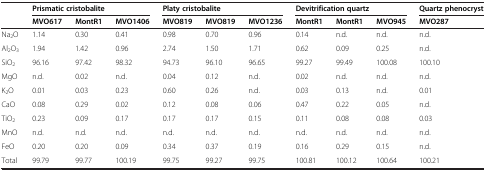
| <ROWSPAN=2>  | <COLSPAN=3> Prismatic cristobalite | <COLSPAN=3> Platy cristobalite | <COLSPAN=3> Devitrification quartz | Quartz phenocryst |
 | MVO617 | MontR1 | MVO1406 | MVO819 | MVO819 | MVO1236 | MontR1 | MontR1 | MVO945 | MVO287 |
 | --- | --- | --- | --- | --- | --- | --- | --- | --- | --- | --- |
 | Na2O | 1.14 | 0.30 | 0.41 | 0.98 | 0.70 | 0.96 | 0.14 | n.d. | n.d. | n.d. |
 | Al2O3 | 1.94 | 1.42 | 0.96 | 2.74 | 1.50 | 1.71 | 0.62 | 0.09 | 0.25 | n.d. |
 | SiO2 | 96.16 | 97.42 | 98.32 | 94.73 | 96.10 | 96.65 | 99.27 | 99.49 | 100.08 | 100.10 |
 | MgO | n.d. | 0.02 | n.d. | 0.04 | 0.12 | n.d. | 0.02 | n.d. | n.d. | n.d. |
 | K2O | 0.01 | 0.03 | 0.23 | 0.60 | 0.26 | n.d. | 0.03 | 0.13 | n.d. | 0.01 |
 | CaO | 0.08 | 0.29 | 0.02 | 0.12 | 0.08 | 0.06 | 0.47 | 0.22 | 0.05 | n.d. |
 | TiO2 | 0.23 | 0.09 | 0.17 | 0.17 | 0.17 | 0.15 | 0.11 | 0.08 | 0.08 | 0.03 |
 | MnO | n.d. | n.d. | n.d. | n.d. | n.d. | n.d. | n.d. | n.d. | n.d. | n.d. |
 | FeO | 0.20 | 0.20 | 0.09 | 0.34 | 0.37 | 0.19 | 0.16 | 0.29 | 0.15 | n.d. |
 | Total | 99.79 | 99.77 | 100.19 | 99.75 | 99.27 | 99.75 | 100.81 | 100.12 | 100.64 | 100.21 |